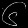
Digit: ၆